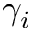
\gamma _ { i }